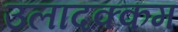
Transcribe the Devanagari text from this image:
उलादक्कम